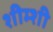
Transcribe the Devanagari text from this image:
शीम्शी